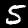
Digit: 5